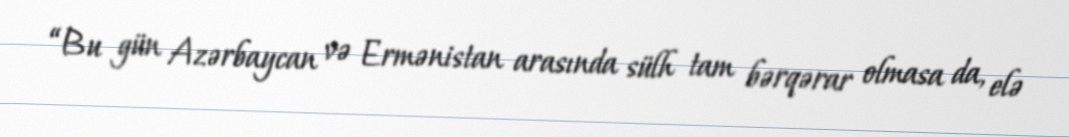
“Bu gün Azərbaycan və Ermənistan arasında sülh tam bərqərar olmasa da, elə